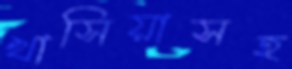
খাসিয়াসহ